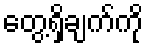
တွေ့ရှိချက်ကို